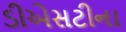
ડીએસટીના